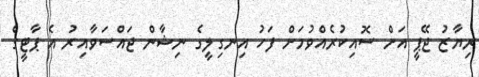
ރިޔާޒު ޖޭޕީ އަށް ސޮއިކުރެއްވުމަށް ފަހު އިނގިލީގެ ނިޝާން ޖައްސަވާއިރު އެ ޕާޓީގެ